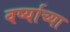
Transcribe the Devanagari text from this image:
वर्ष्याच्या